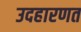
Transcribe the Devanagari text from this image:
उदहारणत